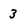
Character: 3